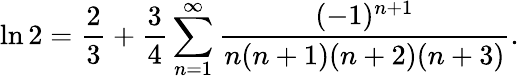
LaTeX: \ln 2={\frac{2}{3}}+{\frac{3}{4}}\sum_{n=1}^{\infty}{\frac{(-1)^{n+1}}{n(n+1)(n+2)(n+3)}}.